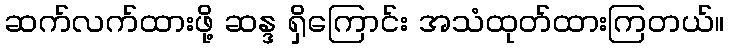
ဆက်လက်ထားဖို့ ဆန္ဒ ရှိကြောင်း အသံထုတ်ထားကြတယ်။